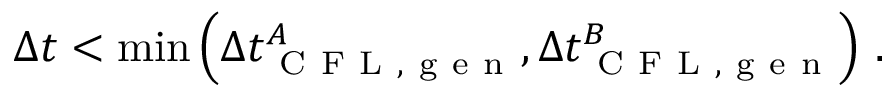
\Delta t < \operatorname* { m i n } \left( \Delta t _ { \mathrm { ~ C ~ F ~ L ~ , ~ g ~ e ~ n ~ } } ^ { A } , \Delta t _ { \mathrm { ~ C ~ F ~ L ~ , ~ g ~ e ~ n ~ } } ^ { B } \right) \, .